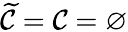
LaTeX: \widetilde{\mathcal{C}}=\mathcal{C}=\varnothing